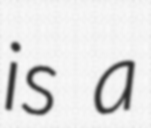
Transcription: is a